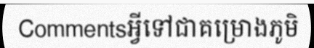
Commentsអ្វីទៅជាគម្រោងភូមិ